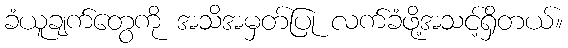
ခံယူချက်တွေကို အသိအမှတ်ပြု လက်ခံဖို့အသင့်ရှိတယ်။